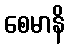
စေမာနိ